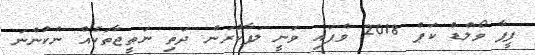
ފީފާ ވޯލްޑް ކަޕް 2018 ވެފައި ވަނީ ލަފާކުރަން ދަތި ނަތީޖާތަކެއް ނުކުންނަ